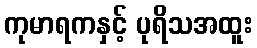
ကုမာရကနှင့် ပုရိသအထူး